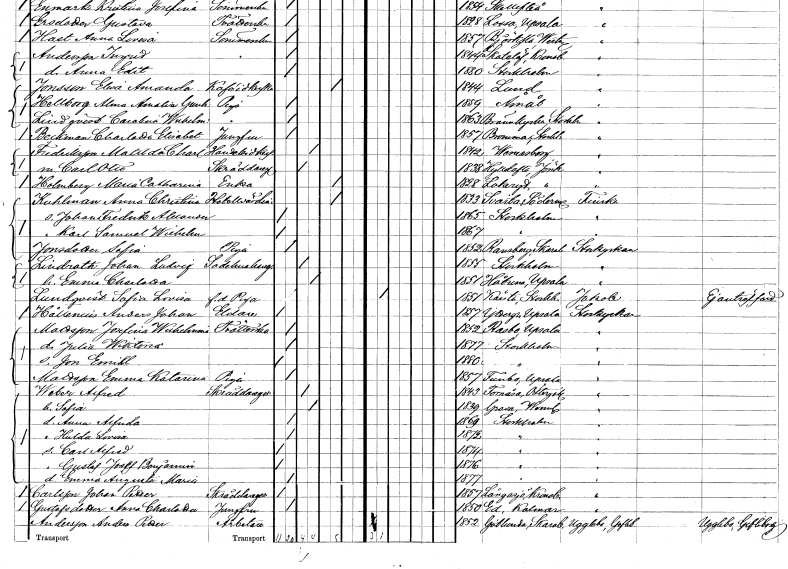
gt_parse: households: individuals: FN: Matilda Charlotta
EN: Fredriksson
YRKE: Handelsidkerska
KON: K
CIV: G
FODAR: 1842
FODFORS: Vänersborg Älvsborgs län
FN: Carl Otto
YRKE: Skräddaregesäll
KON: M
CIV: G
FODAR: 1838
FODFORS: Hylletofta Jönköpings län
FN: Maria Catharina
EN: Holmberg
YRKE: Änka
KON: K
CIV: E
FODAR: 1828
FODFORS: Lekeryd Jönköpings län
FN: Anna Christina
EN: Kuhlman
YRKE: Hotellvärdinna
KON: K
CIV: E
FODAR: 1833
FODFORS: Svärta Södermanlands län
FN: Johan Fredrik Alexander
KON: M
CIV: O
FODAR: 1865
FODFORS: Stockholm
FN: Karl Samuel Wilhelm
KON: M
CIV: O
FODAR: 1867
FODFORS: Stockholm
FN: Sofia
EN: Jonsdotter
YRKE: Piga
KON: K
CIV: O
FODAR: 1852
FODFORS: Ramsberg Örebro län
FN: Johan Ludvig
EN: Lindroth
YRKE: Sadelmakaregesäll
KON: M
CIV: G
FODAR: 1855
FODFORS: Stockholm
FN: Emma Charlotta
KON: K
CIV: G
FODAR: 1851
FODFORS: Håtuna Stockholms län
FN: Sofia Lovisa
EN: Lundqvist
YRKE: Piga f.d.
KON: K
CIV: O
FODAR: 1851
FODFORS: Kårsta Stockholms län
FN: Anders Johan
EN: Hållenius
YRKE: Eldare
KON: M
CIV: O
FODAR: 1857
FODFORS: Yttergran Uppsala län
FN: Josefina Wilhelmina
EN: Mattsson
YRKE: Tvätterska
KON: K
CIV: O
FODAR: 1852
FODFORS: Rasbo Uppsala län
FN: Julia Wiktoria
KON: K
CIV: O
FODAR: 1877
FODFORS: Stockholm
FN: Jon Emil
KON: M
CIV: O
FODAR: 1880
FODFORS: Stockholm
FN: Emma Katarina
EN: Mattsson
YRKE: Piga
KON: K
CIV: O
FODAR: 1857
FODFORS: Funbo Uppsala län
FN: Alfred
EN: Weber
YRKE: Skräddaregesäll
KON: M
CIV: G
FODAR: 1843
FODFORS: Fornåsa Östergötlands län
FN: Sofia
KON: K
CIV: G
FODAR: 1839
FODFORS: Grava Värmlands län
FN: Anna Alfrida
KON: K
CIV: O
FODAR: 1869
FODFORS: Stockholm
FN: Hulda Lovisa
KON: K
CIV: O
FODAR: 1872
FODFORS: Stockholm
FN: Carl Alfred
KON: M
CIV: O
FODAR: 1874
FODFORS: Stockholm
FN: Gustaf Josef Benjamin
KON: M
CIV: O
FODAR: 1876
FODFORS: Stockholm
FN: Emma Augusta Maria
KON: K
CIV: O
FODAR: 1877
FODFORS: Stockholm
FN: Johan Petter
EN: Carlsson
YRKE: Skräddaregesäll
KON: M
CIV: O
FODAR: 1857
FODFORS: Långasjö Kalmar län
FN: Anna Charlotta
EN: Gustafsdotter
YRKE: Jungfru
KON: K
CIV: O
FODAR: 1850
FODFORS: Ed Kalmar län
FN: Anders Petter
EN: Andersson
YRKE: Arbetare
KON: M
CIV: O
FODAR: 1852
FODFORS: Götlunda Skaraborgs län